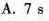
A.7s